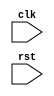
module pcie_controller(
    input wire clk,
    input wire rst,
    // other input signals
    // other output signals
);

// Timing control block
always @(posedge clk or negedge rst) begin
    if(!rst) begin
        // Reset logic
    end else begin
        // Timing control logic
    end
end

// Synchronization block
always @(posedge clk or negedge rst) begin
    if(!rst) begin
        // Reset logic
    end else begin
        // Synchronization logic
    end
end

// Other functional blocks

endmodule